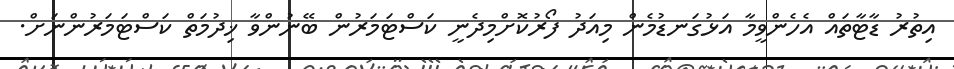
އިތުރު ޑާޓާތައް އެހެންވީމާ އަޅުގަނޑުމެން މިއަދު ފޯރުކޮށްމިދެނީ ކަސްޓަމަރުން ބޭނުންވާ ޚިދުމަތް ކަސްޓަމަރުންނަށް.